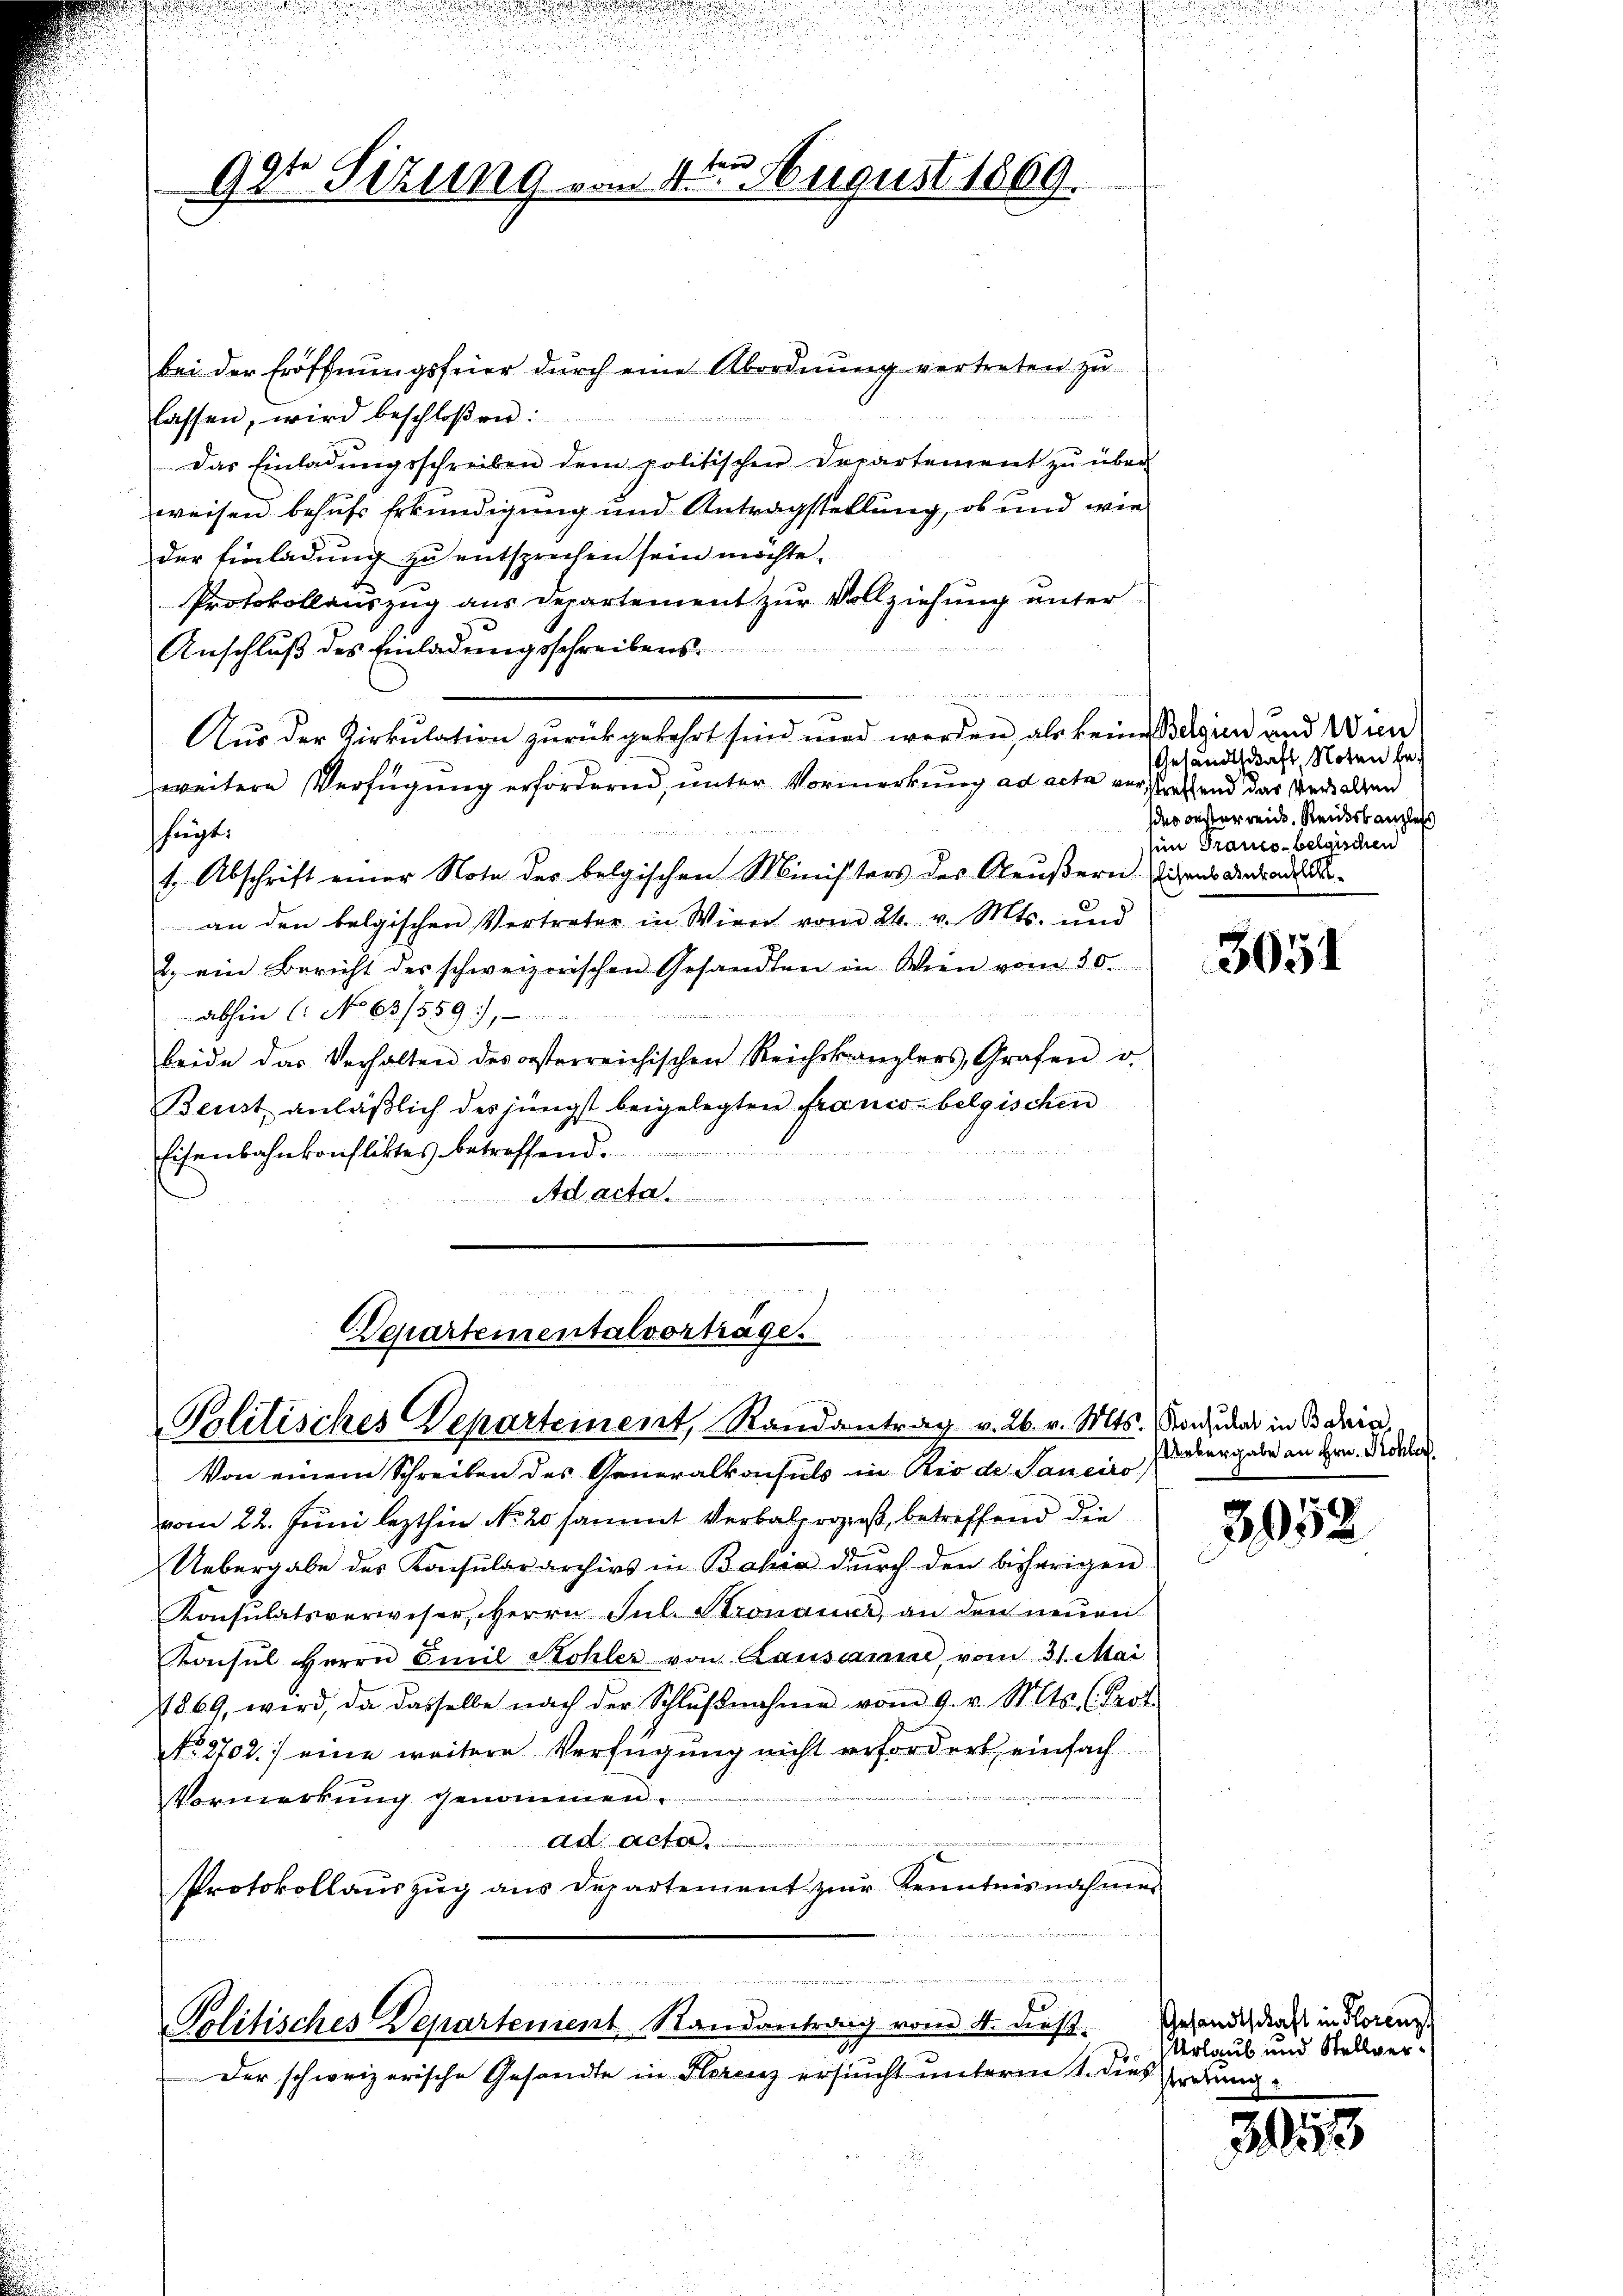
gat Sizung

bei der Eröffnungsfeier dŭrch eine Abordnŭng vertreten zŭ
lassen, wird beschloßen:
Das Einladŭngsschreiben dem politischen Departement zŭ über-
weisen behufs Erkundigung und Antragstellung, ob und wie
der Einladung zu entsprechen sein möchte.
Protokollauszug aus Departement zur Vollziehung unter
Anschluß des Einladungsschreibens
n
e
Aus der Zirkulation zurückgekehrt sind und werden, als keine Beginn und Wien
weitere Verfügung erfordernd, unter Vormerkung ad acta verstreffend das versalten
fegt.
t. Abschrift einer Nota der belgischen Ministers des Aeußern diens anrad dan den belgischen Vertreter in Wien vom 24. v. Mts. und
2. ein Bericht des schweizerischen Gesandten in Wien vom 20.
abhin (: No 63/559.
beide das Verhalten des orsterreichischen Reichskanzlers, Grafen u.
Beust anläßlich des jüngst beigelegten Franco belgischen

Eisenbahnkonfliktes betreffend.
Ad acta
2t Brettestatt 12 t v. M

1
Departementalvorträge.
Politisches Departement, Randantrag v. 26. v. Mts.

1ten August 1869.

¬

ade der in in die un

Politisches Departement-Randantrag vom 4. dieß.

Der schweizerische Gesandte in Florenz ersucht unterm 1. dies Erdung

Von einem Schreiben des Generalkonsuls in Rio de Sanciro
vom 22. Juni lezthin No 20 sammt Verbalprozeß, betreffend die
Uebergabe des Konsulararchivs in Bahia dŭrch den bisherigen
Konsulatsverweser, Herrn Jul. Stronauer, an den neuen
Konsul Herrn Emil Stohler von Lausanne, vom 31. Mai
1869, wird, da dasselbe nach der Schlŭβnahme vom 9. v. Mts. (Prof.
No. 2702. / eine weitere Verfügung nicht erfordert, einfach
Vormerkung genommen.
ad acta.
Protokollaŭszŭg ans Departement zur Kenntnisnahmes

Gesandtschaft Noten be¬
Ides oesterreich. Reideskanzlei
sen Tranco-belgischen

3051

Konsulat in Bahia
Uebergabe an Hrn. Kohler.

3952

Gesandtschaft in Florenz
Urlaub und Stellver¬

30113